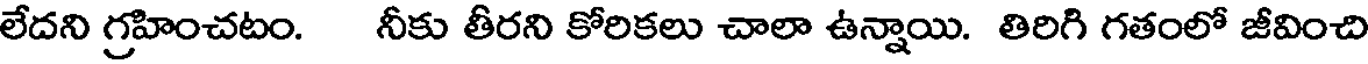
లేదని గ్రహించటం. నీకు తీరని కోరికలు చాలా ఉన్నాయి. తిరిగి గతంలో జీవించి